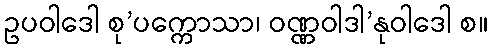
ဥပဝါဒေါ စု’ပက္ကောသာ၊ ဝဏ္ဏဝါဒါ’နုဝါဒေါ စ။